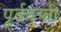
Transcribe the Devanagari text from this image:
पूर्ववत्र्ती